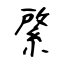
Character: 綮